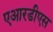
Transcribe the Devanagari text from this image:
एआरडीएस